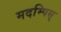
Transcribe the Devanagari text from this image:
मदम्पिस्